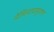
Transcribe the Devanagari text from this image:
नेमिनाथपुराण